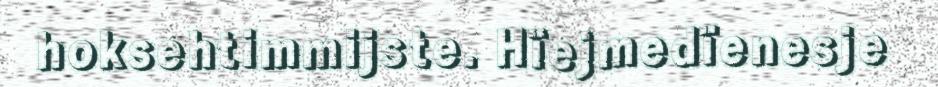
hoksehtimmijste. Hïejmedïenesje